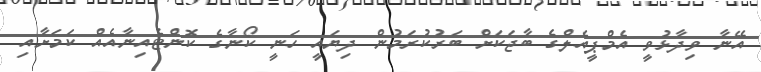
އޭނާ ވިދާޅުވީ އެމްޕީއެލްގެ ބާޖަކަށް ބަރުކުރަމުން ދިޔައީ ހަނީ ކޯނާގެ ކޮންޓެއިނާއެއް ކަމަށާއި